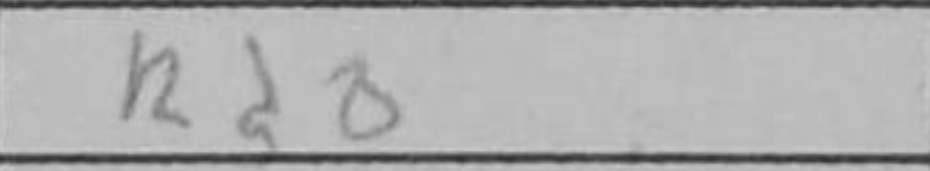
Transcription: Rd8